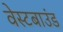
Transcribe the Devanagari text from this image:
वेस्टबाउंड